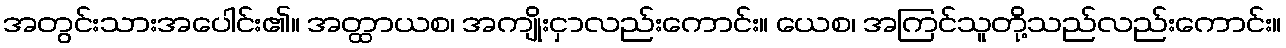
အတွင်းသားအပေါင်း၏။ အတ္ထာယစ၊ အကျိုးငှာလည်းကောင်း။ ယေစ၊ အကြင်သူတို့သည်လည်းကောင်း။